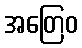
အတြေဝ